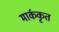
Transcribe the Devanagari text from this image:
मार्ककृत